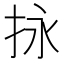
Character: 𢫕